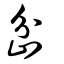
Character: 岔